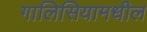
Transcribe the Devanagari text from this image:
गालिसियामधील